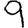
Digit: 9